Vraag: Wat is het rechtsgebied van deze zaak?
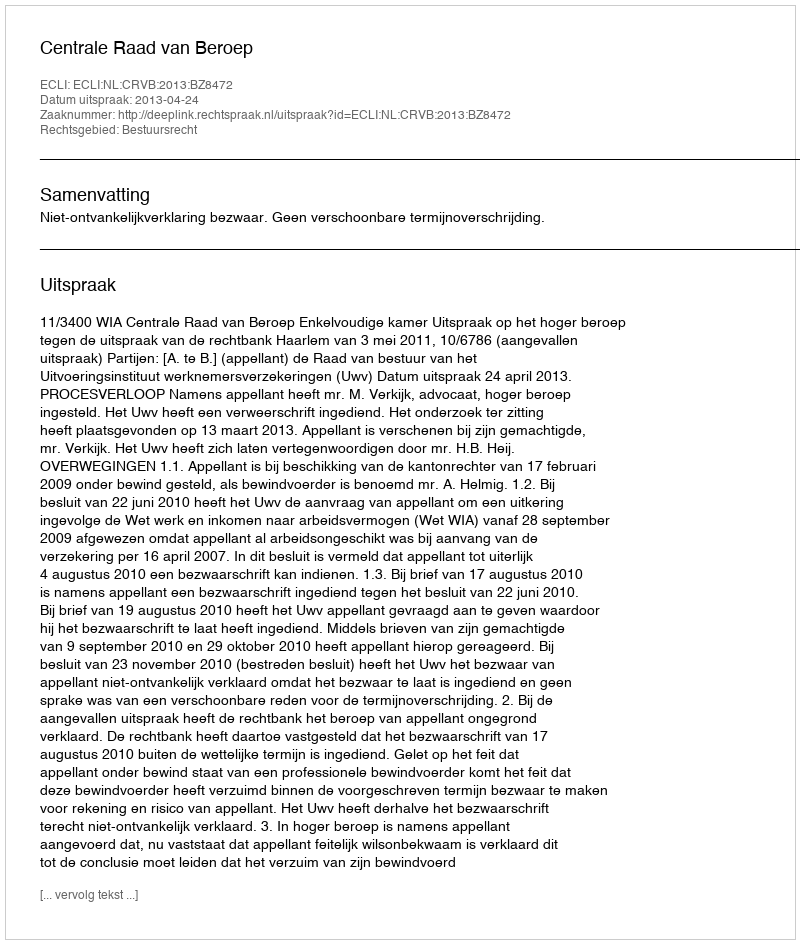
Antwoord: Bestuursrecht